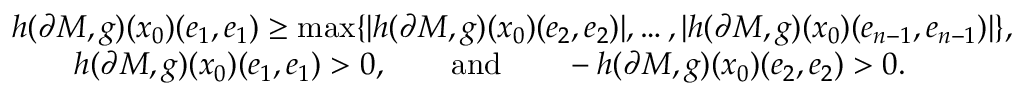
\begin{array} { r l } & { h ( \partial M , g ) ( x _ { 0 } ) ( e _ { 1 } , e _ { 1 } ) \geq \operatorname* { m a x } \{ | h ( \partial M , g ) ( x _ { 0 } ) ( e _ { 2 } , e _ { 2 } ) | , \dots , | h ( \partial M , g ) ( x _ { 0 } ) ( e _ { n - 1 } , e _ { n - 1 } ) | \} , } \\ & { \qquad h ( \partial M , g ) ( x _ { 0 } ) ( e _ { 1 } , e _ { 1 } ) > 0 , \qquad \mathrm { a n d } \qquad - h ( \partial M , g ) ( x _ { 0 } ) ( e _ { 2 } , e _ { 2 } ) > 0 . } \end{array}